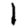
Digit: 1